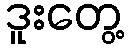
ဒူးတွေ့